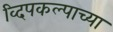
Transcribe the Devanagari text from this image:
व्दिपकल्पाच्या